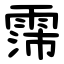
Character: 霈